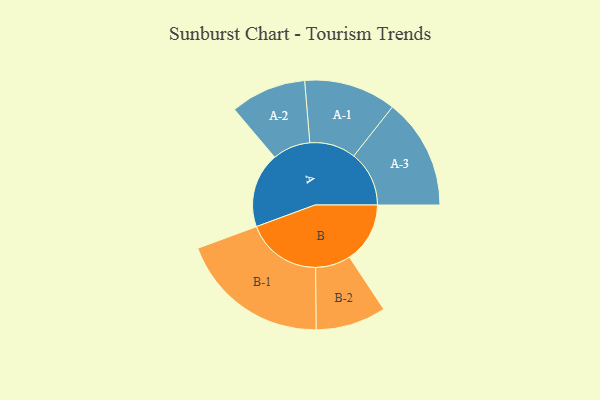
{"axis": {"x": "Segment", "y": "Value"}, "legend": ["", "A", "B"], "data": [{"x": "A", "y": 275, "type": ""}, {"x": "B", "y": 222, "type": ""}, {"x": "A-1", "y": 169, "type": "A"}, {"x": "A-2", "y": 139, "type": "A"}, {"x": "A-3", "y": 203, "type": "A"}, {"x": "B-1", "y": 276, "type": "B"}, {"x": "B-2", "y": 129, "type": "B"}]}